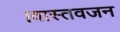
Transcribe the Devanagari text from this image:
।वास्तवजन